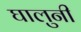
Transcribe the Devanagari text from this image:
घालुनी